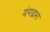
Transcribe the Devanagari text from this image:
यंगद्वारा